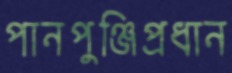
পানপুঞ্জিপ্রধান